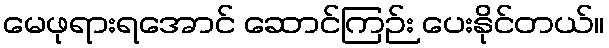
မေဖုရားရအောင် ဆောင်ကြဉ်း ပေးနိုင်တယ်။